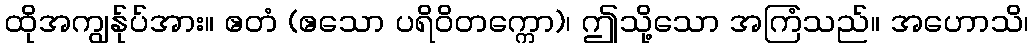
ထိုအကျွန်ုပ်အား။ ဧတံ (ဧသော ပရိဝိတက္ကော)၊ ဤသို့သော အကြံသည်။ အဟောသိ၊